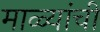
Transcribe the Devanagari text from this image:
माळ्यांची